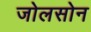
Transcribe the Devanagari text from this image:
जोलसोन